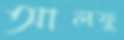
আলফু